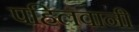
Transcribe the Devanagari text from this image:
पहिलवानी